ELKNU_Viljandimaa_Komitee, lk 9
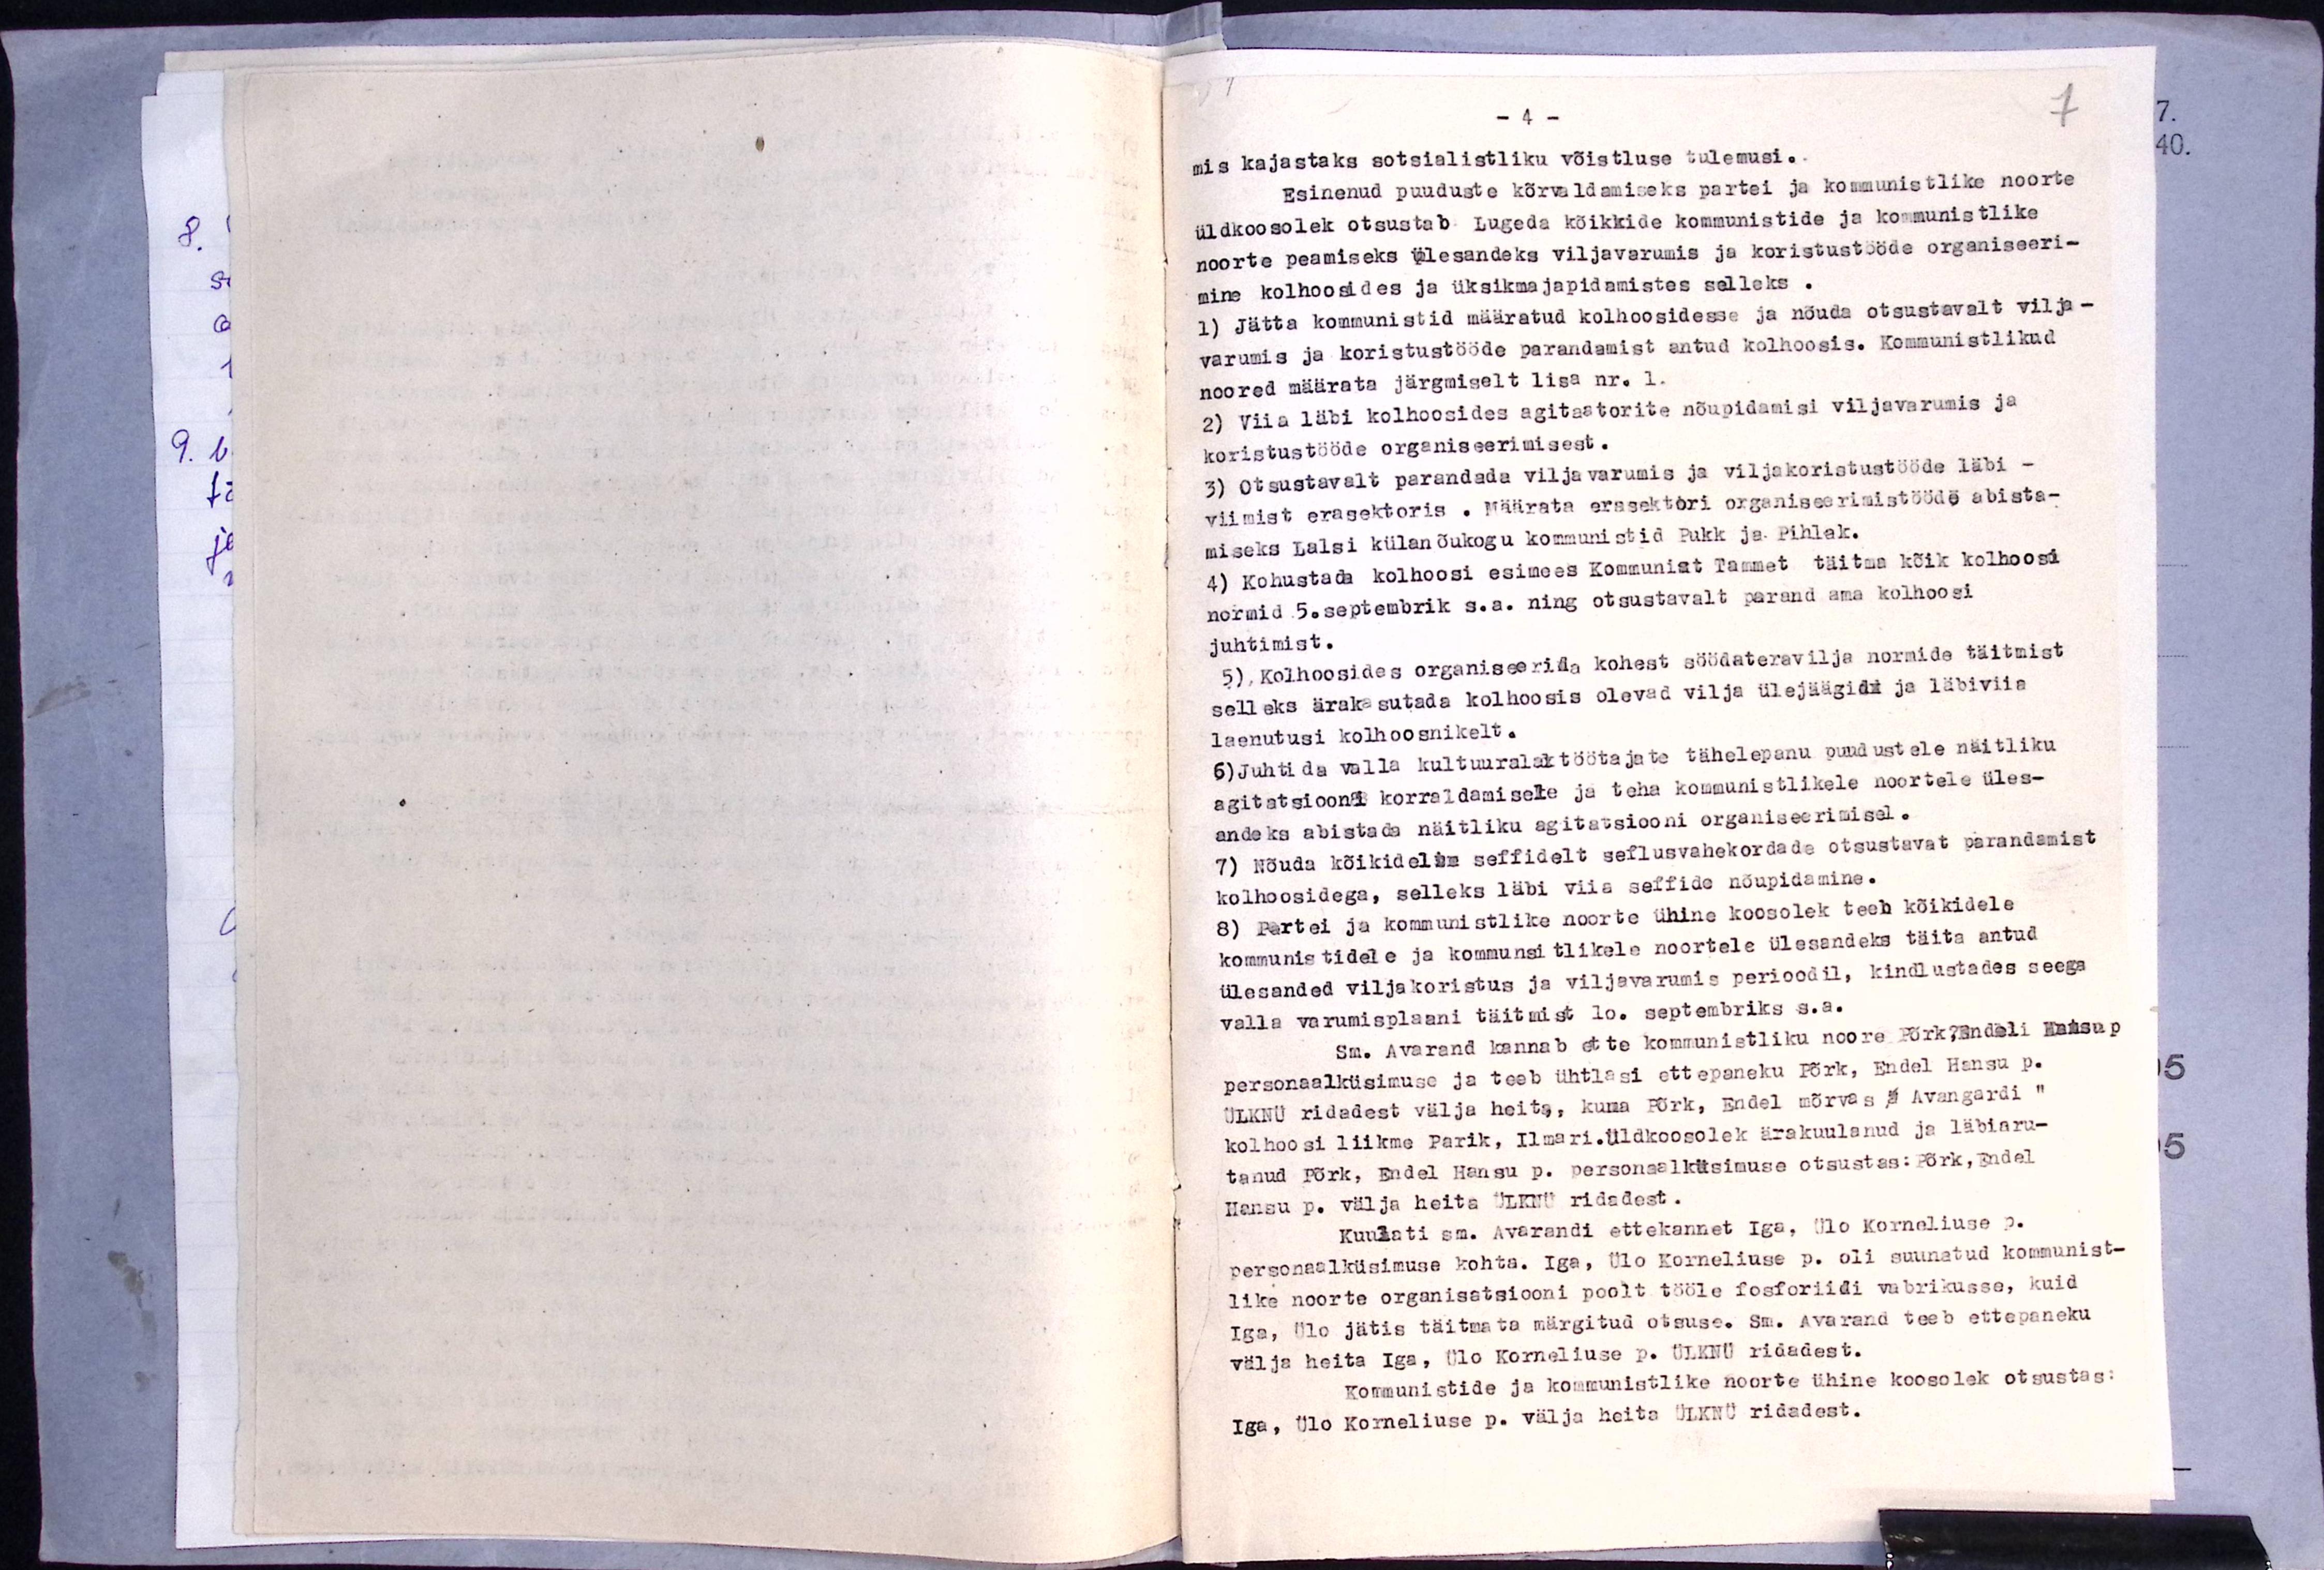
-4 -
mis kajastaks sotsialistliku võistluse tulemusi.
Esinenud puuduste kõrvaldamiseks partei ja kommunistlike noorte
üldkoosolek otsustab Lugeda kõikkide kommunistide ja kommunistlike
noorte peamiseks ülesandeks viljawarumis ja koristustööde organiseeri-
mine kolhoosides ja üksikmajapidamistes selleks.
1) Jätta kommunistid määratud kolhoosidesse ja nõuda otsustavalt vilja-
varumis ja koristustööde parandamist antud kolhoosis. Kommunistlikud
noored määrata järgmiselt lisa nr. 1.
2) Viia läbi kolhoosides agitaatorite nõupidamisi viljavarumis ja
koristustööde organiseerimisest.
3) Otsustavalt parandada viljavarumis ja viljakoristustööde läbi -
viimist erasektoris. Määrata erasektori organiseerimistööde abista-
miseks Lalsi külanõukogu kommunistid Pukk ja Pihlak.
4) kohustada kolhoosi esimees Kommunist Tammet täitma kõik kolhoosi
normid 5.septembrik s.a. ning otsustavalt parand oma kolhoosi
juhtimist.
5), Kolhoosides organiseerida kohest söödateravilja normide täitmist
selleks ärakasutada kolhoosis olevad vilja ülejäägid ja läbiviia
laenutusi kolhoosnikelt.
6) Juhtida valla kultuurala töötajate tähelepanu puudustele näitliku
agitatsiooni korraldamisele ja teha kommunistlikele noortele üles-
andeks abistada näitliku agitatsiooni organiseerimisel.
7) Nõuda kõikidelt seffidelt seflusvahekordade otsustavat parandamist
kolhoosidega, selleks läbi viia seffide nõupidamine.
8) Partei ja kommunistlike noorte ühine koosolek teeb kõikidele
kommunistidele ja kommunistlikele noortele ülesandeks täita antud
ülesanded viljakoristus ja viljavarumis perioodil, kindlustades seega
valla varumisplaani täitmist 10. septembriks s.a.
Sm. Avarand kannab ette kommunistliku noore Põrk, Endali Hansu p
personaalküsimuse ja teeb ühtlasi ettepaneku Tõrk, Endel Hansu p.
ÜLKNÜ ridadest välja heita, kuna Põrk, Endel mõrvas Avangardi“
kolhoosi liikme Parik, Ilmari, üldkoosolek ärakuulanud ja läbiaru-
tanud Tõrk, Endel Hansu p. personaalküsimuse otsustas: Põrk, Endel
Hansu p. välja heita ÜLKNÜ ridadest.
Kuulati sm. Avarandi ettekannet Iga, Ülo Korneliuse p.
personaalküsimuse kohta. Iga, Ülo Korneliuse p. oli suunatud kommunist-
like noorte organisatsiooni poolt tööle fosforiidi vabrikusse, kuid
Iga, Ülo jätis täitmata märgitud otsuse. Sm. Avarand teeb ettepaneku
välja heita Iga, Ülo Korneliuse p. ÜLKNÜ ridadest.
Kommunistide ja kommunistlike noorte ühine koosolek otsustas:
Iga, Ü lo Korneliuse p. välja heita üLKNÜ ridadest.